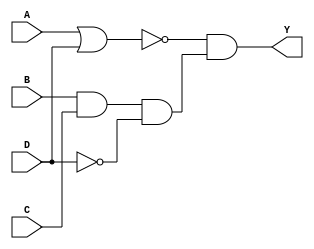
module comb_str(output Y, input A, B, C, D);

    wire w11;
    wire w21, w22;
    wire w31;
    wire w41;

    not u1(w11, D),
        u2(w31, w21);

    or u3(w21, A, D);

    and u4(w22, B, C, w11),
        u5(w41, w31, w22);

    buf u6(Y, w41);
        
endmodule